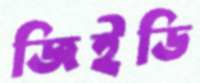
জিইডি